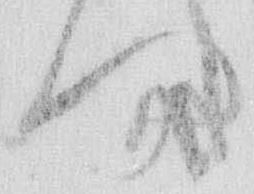
問